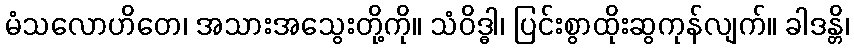
မံသလောဟိတေ၊ အသားအသွေးတို့ကို။ သံဝိဒ္ဓါ၊ ပြင်းစွာထိုးဆွကုန်လျက်။ ခါဒန္တိ၊